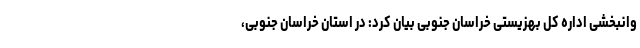
وانبخشی اداره کل بهزیستی خراسان جنوبی بیان کرد: در استان خراسان جنوبی،